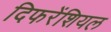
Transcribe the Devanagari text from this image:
दिफरेंशियल